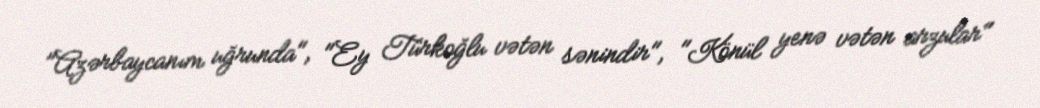
"Azərbaycanım uğrunda", "Ey Türkoğlu vətən sənindir", "Könül yenə vətən arzular"